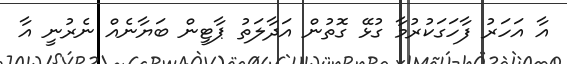
އާ އަހަރު ފާހަގަކުރުމާ ގުޅޭ ގޮތުން އަދާލަތު ޕާޓީން ބަޔާނެއް ނެރުނީ އާ